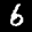
Label: 6